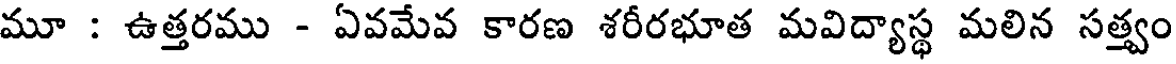
మూ : ఉత్తరము - ఏవమేవ కారణ శరీరభూత మవిద్యాస్థ మలిన సత్త్వం